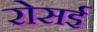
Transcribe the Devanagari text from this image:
रोसई